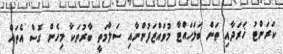
ކަރަންޓު ޚަރަދާއި ތަން ބަލަހައްޓާ މުވައްޒަފުންނާއި ސަލާމަތީ ބާރުތަކާ މިހެން ގޮސް އެތައް